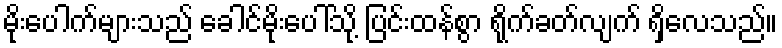
မိုးပေါက်များသည် ခေါင်မိုးပေါ်သို့ ပြင်းထန်စွာ ရိုက်ခတ်လျက် ရှိလေသည်။